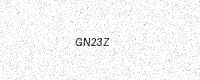
Text: GN23Z